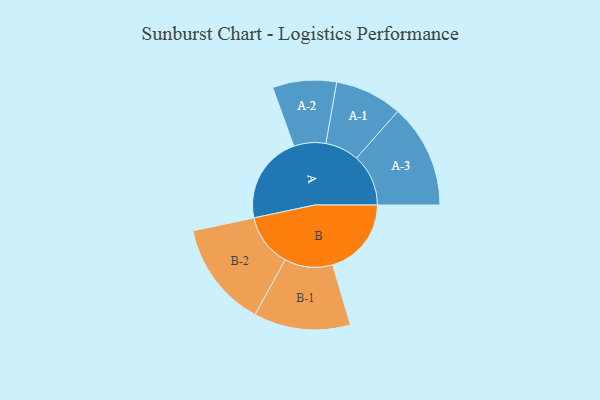
{"axis": {"x": "Segment", "y": "Value"}, "legend": ["", "A", "B"], "data": [{"x": "A", "y": 457, "type": ""}, {"x": "B", "y": 409, "type": ""}, {"x": "A-1", "y": 175, "type": "A"}, {"x": "A-2", "y": 166, "type": "A"}, {"x": "A-3", "y": 270, "type": "A"}, {"x": "B-1", "y": 251, "type": "B"}, {"x": "B-2", "y": 275, "type": "B"}]}